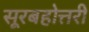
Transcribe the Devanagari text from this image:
सूरबहोत्तरी